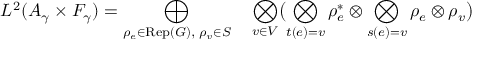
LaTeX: L ^ { 2 } ( { \cal A } _ { \gamma } \times { \cal F } _ { \gamma } ) = \bigoplus _ { \rho _ { e } \in \mathrm { R e p } ( G ) , \; \rho _ { v } \in S } \quad \bigotimes _ { v \in V } \bigl ( \bigotimes _ { t ( e ) = v } \rho _ { e } ^ { * } \otimes \bigotimes _ { s ( e ) = v } \rho _ { e } \otimes \rho _ { v } \bigr )